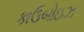
કાઉબોઇઝ